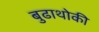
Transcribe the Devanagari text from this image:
बुढाथोकी